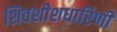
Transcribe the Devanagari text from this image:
शिवशीशधारिणी